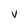
Character: V